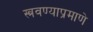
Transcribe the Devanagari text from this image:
स्त्रवण्याप्रमाणे